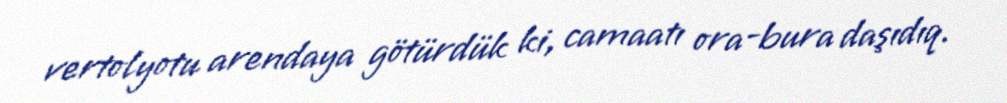
vertolyotu arendaya götürdük ki, camaatı ora-bura daşıdıq.